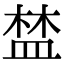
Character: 𥁹